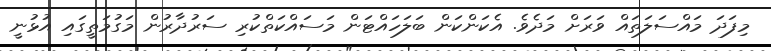
މިފަދަ މައްސަލަތައް ވަރަށް މަދެވެ. އެކަންކަން ބަލަހައްޓަން މަސައްކަތްކުރި ސަރުދާރުން މަގުމަތީގައި އުޅުނީ